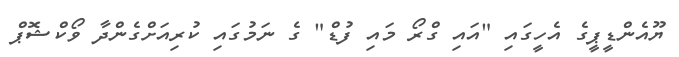
ޔޫއެންޑީޕީގެ އެހީގައި "އައި ގްރޯ މައި ފުޑް" ގެ ނަމުގައި ކުރިއަށްގެންދާ ވޯކްޝޮޕް